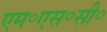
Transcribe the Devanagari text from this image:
एम॰एस॰सी॰